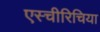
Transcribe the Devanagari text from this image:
एस्चीरिचिया